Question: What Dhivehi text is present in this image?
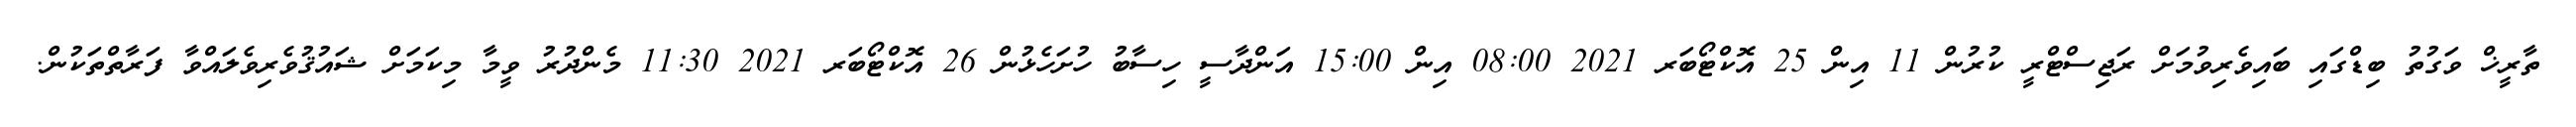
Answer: ތާރީޚް ވަގުތު ބިޑްގައި ބައިވެރިވުމަށް ރަޖިސްޓްރީ ކުރުން 11 އިން 25 އޮކްޓޯބަރ 2021 08:00 އިން 15:00 އަންދާސީ ހިސާބު ހުށަހެޅުން 26 އޮކްޓޯބަރ 2021 11:30 މެންދުރު ވީމާ މިކަމަށް ޝައުޤުވެރިވެލައްވާ ފަރާތްތަކުން.